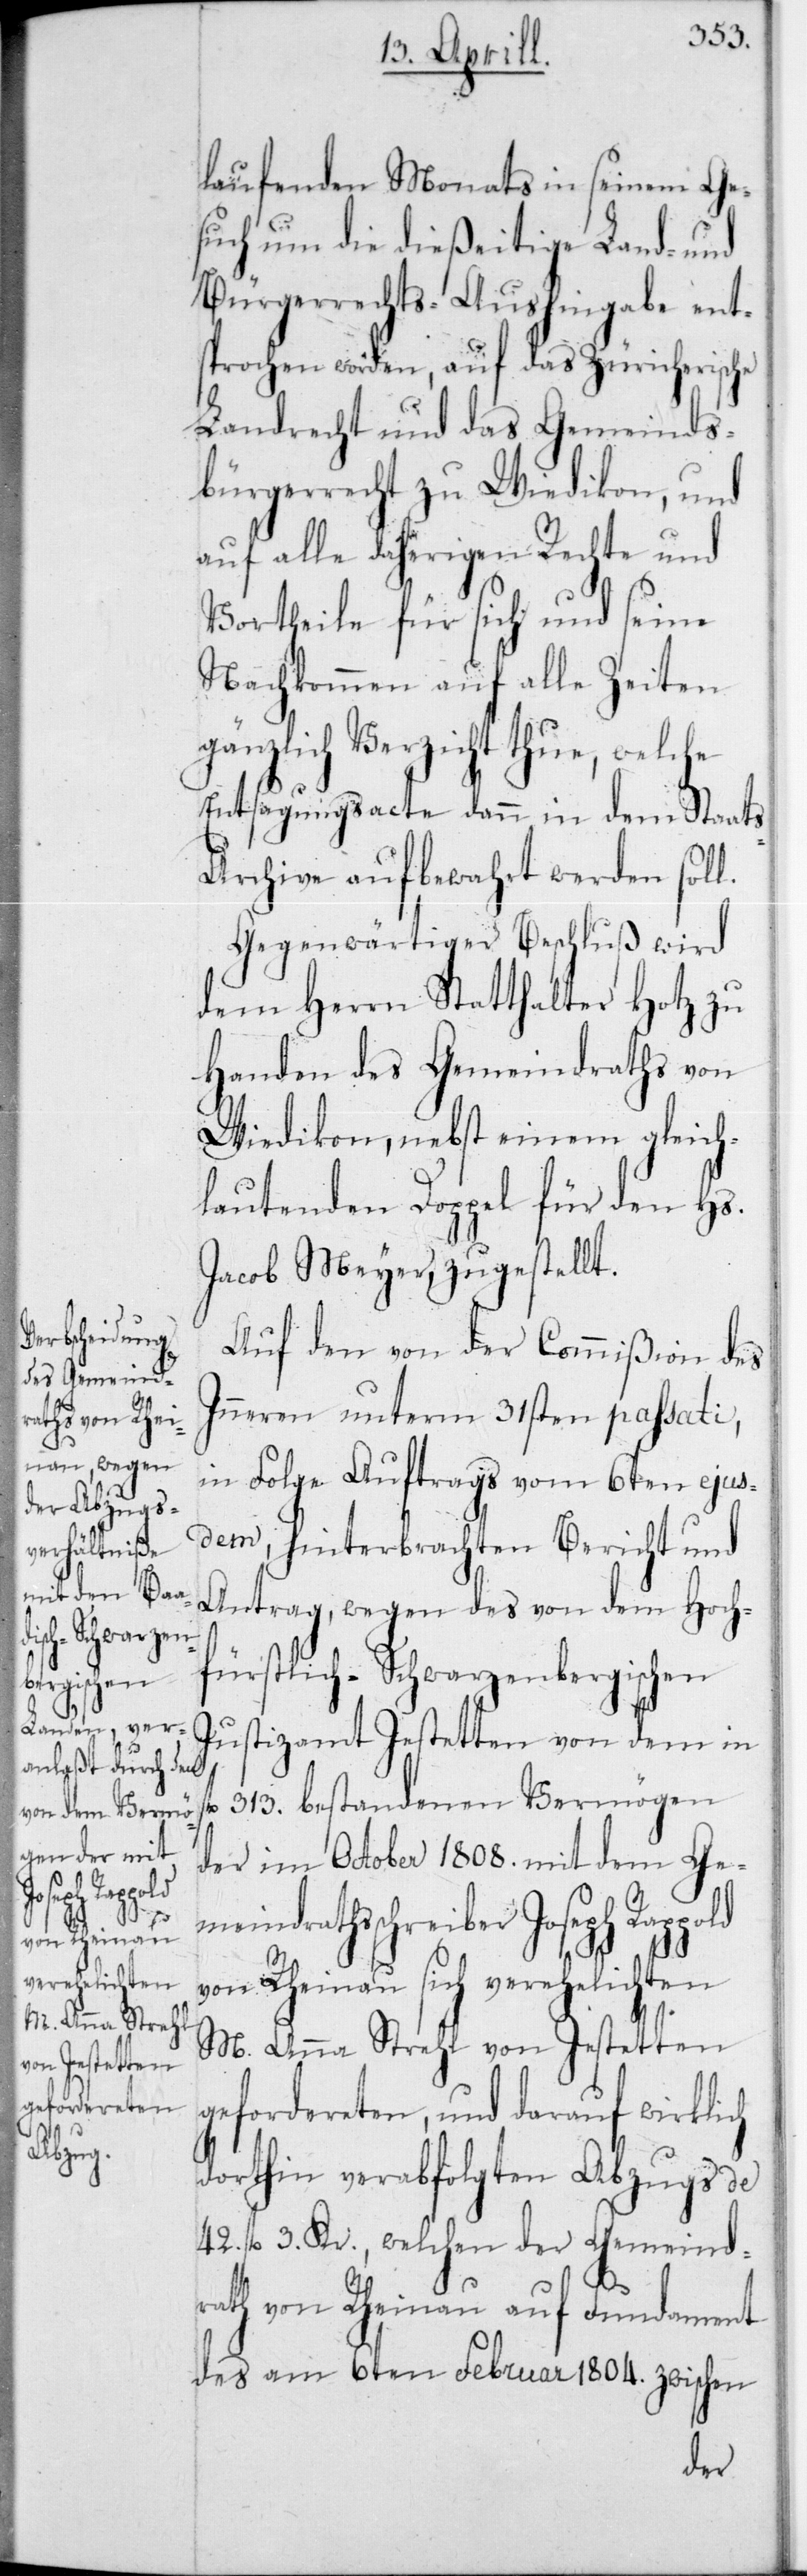
Joseph Rappold

laufenden Monats in seinem Ge¬
such um die dießeitige Land- und
Bürgerrechts-Aushingabe ent¬
sprochen worden, auf das Züricherische
Landrecht und das Gemeinds¬
bürgerrecht zu Wiedikon, und
auf alle daherigen Rechte und
Vortheile für sich und seine
Nachkommen auf alle Zeiten
gänzlich Verzicht thue, welche
Entsagungsacte dann in dem Staat¬
s-Archiv aufbewahrt werden soll.
Gegenwärtiger Beschluß wird
dem Herrn Statthalter Hotz zu
Handen des Gemeindraths von
Wiedikon, nebst einem gleich¬
lautenden Doppel für den Hs.
Jacob Meyer, zugestellt.
Auf den von der Commißion des
Inneren unterm 31sten passati,
in Folge Auftrags vom 6ten ejus¬
dem, hinterbrachten Bericht und
Antrag, wegen des von dem hoch¬
fürstlich-Schwarzenbergischen
Justizamt Jestetten von dem in
fl 313. bestandenen Vermögen
der im October 1808 mit dem Ge¬
meindrathsschreiber
von Rheinau sich verehelichten
M. Anna Strehl von Jestetten
gefordereten, und darauf wirklich
dorthin verabfolgten Abzugs de
42 fl. 3 Kr., welchen der Gemeind¬
rat von Rheinau auf Fundament
des am 6ten Februar 1804 zwischen